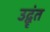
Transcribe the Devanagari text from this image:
उद्वृंत